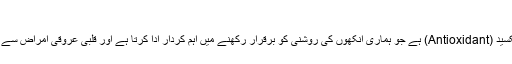
بیٹا کیروٹین:
یہ ایک طرح کا مانع تکسید (Antioxidant) ہے جو ہماری آنکھوں کی روشنی کو برقرار رکھنے میں اہم کردار ادا کرتا ہے اور قلبی عروقی امراض سے بھی محفوظ رکھتا ہے۔